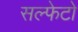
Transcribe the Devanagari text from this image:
सल्फेटो